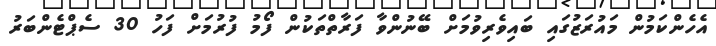
އެހެންކަމުން މައުރަޒުގައި ބައިވެރިވުމަށް ބޭނުންވާ ފަރާތްތަކުން ފޯމު ފުރުމަށް ފަހު 30 ސެޕްޓެންބަރު